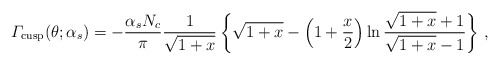
\begin{align*}{\mit\Gamma}_{\rm cusp} (\theta; \alpha_s) = - \frac{\alpha_s N_c}{\pi}\frac{1}{\sqrt{1 + x}}\left\{\sqrt{1 + x}-\left(1 + \frac{x}{2} \right) \ln \frac{\sqrt{1 + x} + 1}{\sqrt{1 + x} - 1}\right\}\, ,\end{align*}